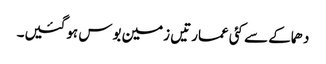
دھماکے سے کئی عمارتیں زمین بوس ہوگئیں۔